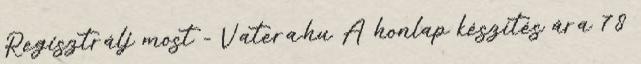
Regisztrálj most - Vatera.hu A honlap készítés ára 78